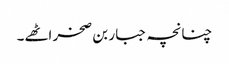
چنانچہ جبار بن صخر اٹھے۔